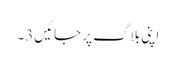
اپنی بلاگ پر جائیں3۔